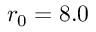
r _ { 0 } = 8 . 0